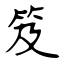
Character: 笈